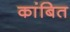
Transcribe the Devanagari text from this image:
कांबित